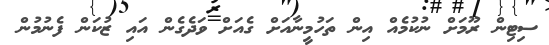
ސިޓިން ރޫމަށް ނުކުމެއް އިން ތަހުމީނާއަށް ގެއަށް ވަދެގެން އައި ޒުކަން ފެނުމުން